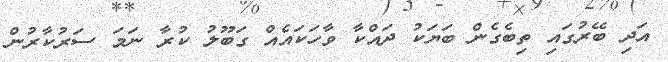
އަދި ބޭރުގައި ތިބެގެން ބަޔަކު ދައްކާ ވާހަކައެއް ގަބޫލު ކުރާ ނަމަ ސަރުކާރުން